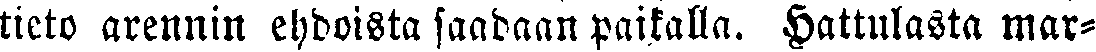
tieto arennin ehdoista saadaan paikalla. Hattulasta mar-